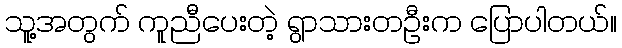
သူ့အတွက် ကူညီပေးတဲ့ ရွာသားတဦးက ပြောပါတယ်။